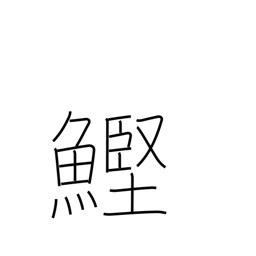
Meaning: bonito